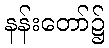
နန်းတော်၌